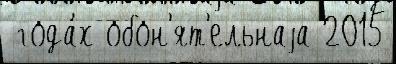
 года́х обон'ят'ельнаjа 2015